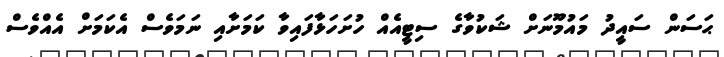
ޙަސަން ސައީދު މައުމޫނަށް ޝަކުވާގެ ސިޓީއެއް ހުށަހަޅާފައިވާ ކަމަށާއި ނަމަވެސް އެކަމަށް އެއްވެސް